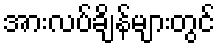
အားလပ်ချိန်များတွင်